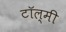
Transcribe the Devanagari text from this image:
टॉल्मी